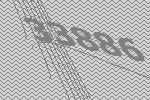
33886